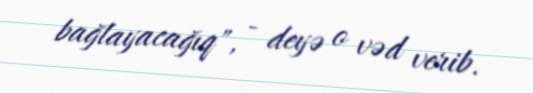
bağlayacağıq", - deyə o vəd verib.